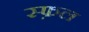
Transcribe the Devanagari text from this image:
स्फ़ल